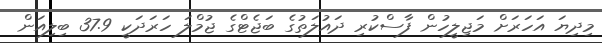
މިދިޔަ އަހަރަށް މަޖިލީހުން ފާސްކުރި ދައުލަތުގެ ބަޖެޓްގެ ޖުމްލަ ހަރަދަކީ 37.9 ބިލިއަން